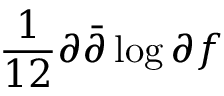
\frac { 1 } { 1 2 } \partial \bar { \partial } \log \partial f